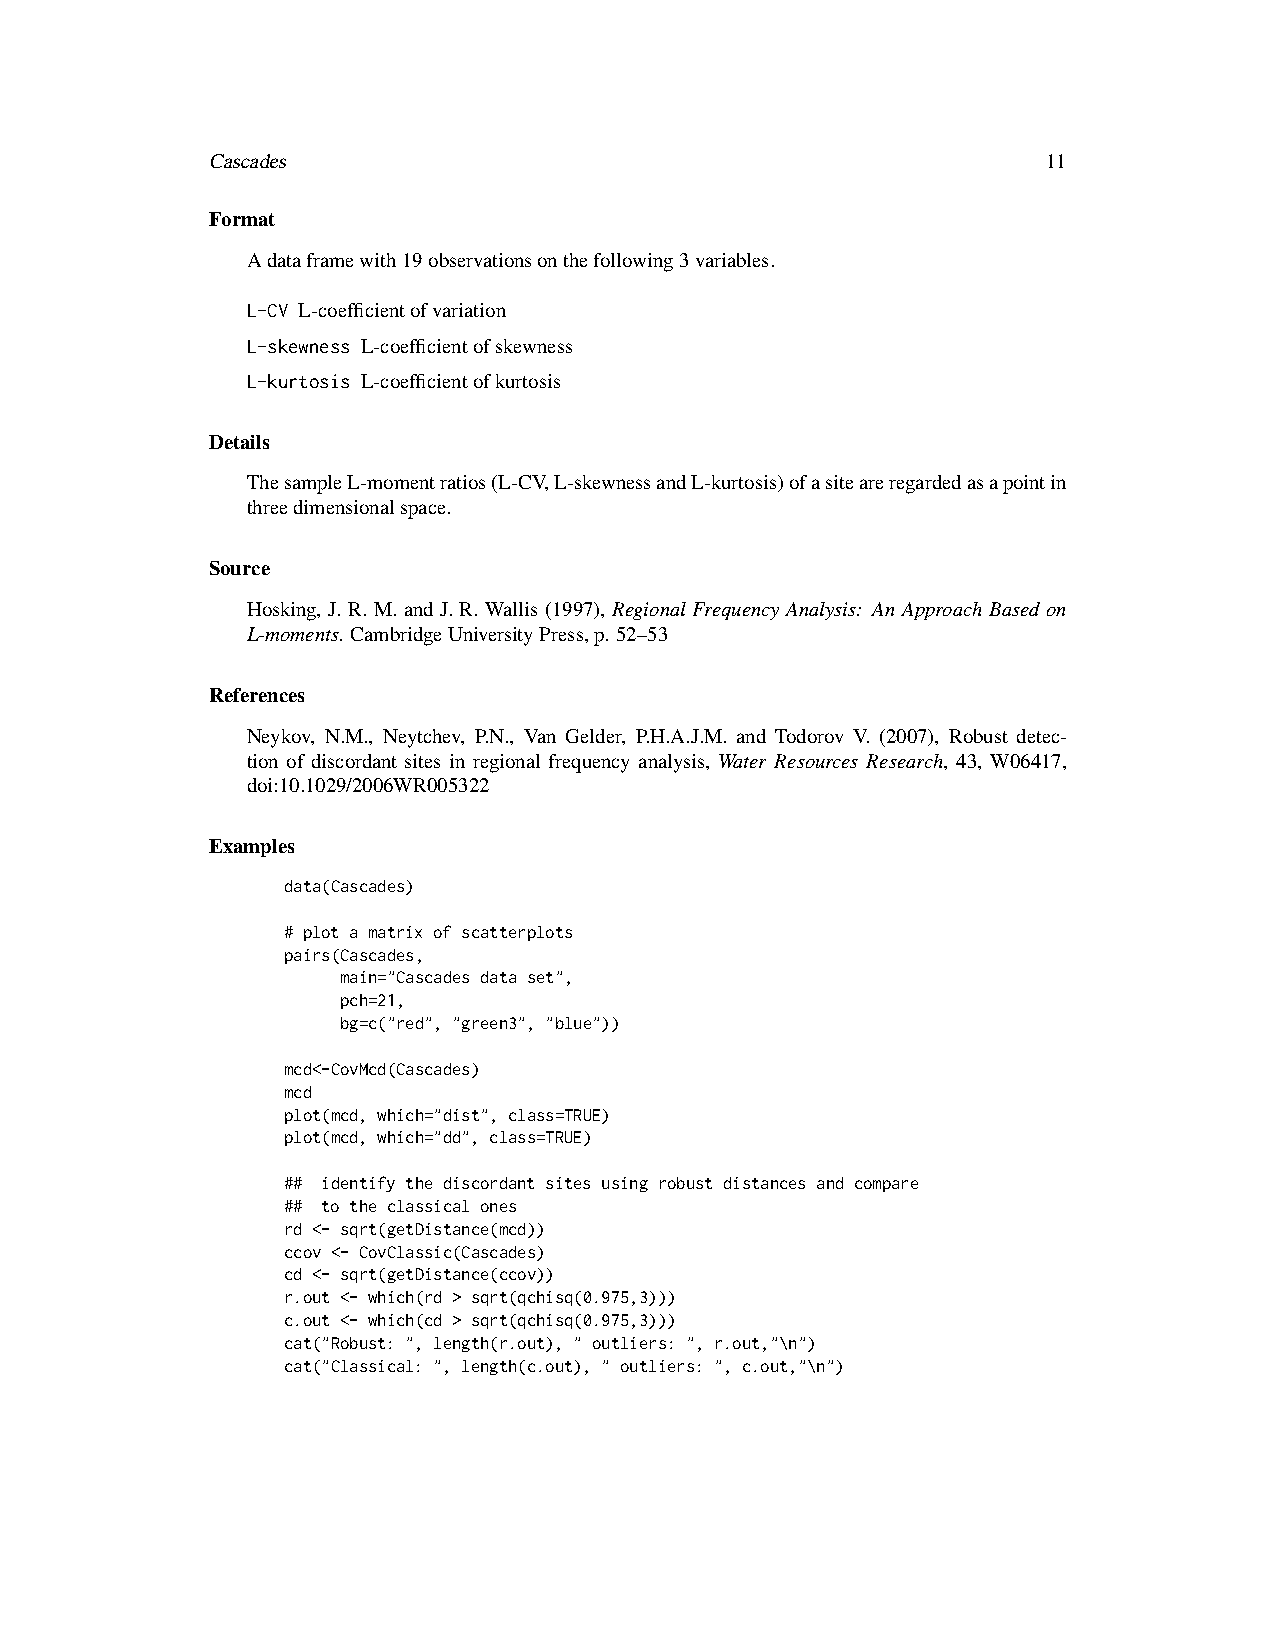
Cascades                                               11
 Format
 Adataframewith19observationsonthefollowing3variables.
 L-CV L-coefficientofvariation
 L-skewness L-coefficientofskewness
 L-kurtosis L-coefficientofkurtosis
 Details
 ThesampleL-momentratios(L-CV,L-skewnessandL-kurtosis)ofasiteareregardedasapointin
 threedimensionalspace.
 Source
 Hosking, J. R. M. and J. R. Wallis (1997), Regional Frequency Analysis: An Approach Based on
 L-moments. CambridgeUniversityPress,p. 52–53
 References
 Neykov, N.M., Neytchev, P.N., Van Gelder, P.H.A.J.M. and Todorov V. (2007), Robust detec-
 tion of discordant sites in regional frequency analysis, Water Resources Research, 43, W06417,
 doi:10.1029/2006WR005322
 Examples
 data(Cascades)
 # plot a matrix of scatterplots
 pairs(Cascades,
 main="Cascades data set",
 pch=21,
 bg=c("red", "green3", "blue"))
 mcd<-CovMcd(Cascades)
 mcd
 plot(mcd, which="dist", class=TRUE)
 plot(mcd, which="dd", class=TRUE)
 ## identify the discordant sites using robust distances and compare
 ## to the classical ones
 rd <- sqrt(getDistance(mcd))
 ccov <- CovClassic(Cascades)
 cd <- sqrt(getDistance(ccov))
 r.out <- which(rd > sqrt(qchisq(0.975,3)))
 c.out <- which(cd > sqrt(qchisq(0.975,3)))
 cat("Robust: ", length(r.out), " outliers: ", r.out,"\n")
 cat("Classical: ", length(c.out), " outliers: ", c.out,"\n")